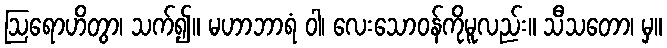
ဩရောဟိတွာ၊ သက်၍။ မဟာဘာရံ ဝါ၊ လေးသောဝန်ကိုမူလည်း။ သီသတော၊ မှ။